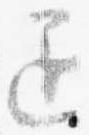
退